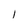
Character: l